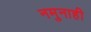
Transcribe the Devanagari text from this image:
नमुनाही